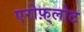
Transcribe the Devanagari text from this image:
एरोफ़्लोट